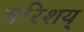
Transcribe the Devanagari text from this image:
वरिशय्